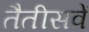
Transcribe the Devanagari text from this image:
तैतीसवें